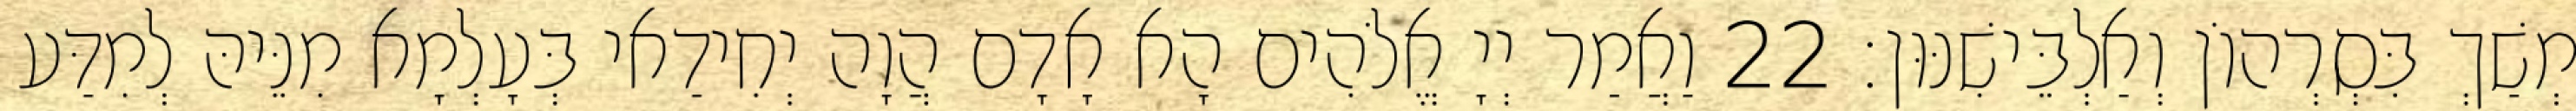
מְשַׁךְ בִּסְרְהוֹן וְאַלְבֵּישִׁנּוּן׃ 22 וַאֲמַר יְיָ אֱלֹהִים הָא אָדָם הֲוָה יְחִידַאי בְּעָלְמָא מִנֵּיהּ לְמִדַּע